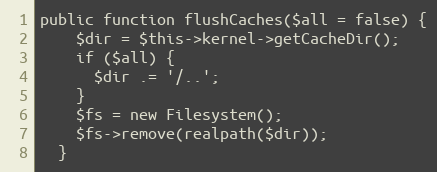
Language: PHP
public function flushCaches($all = false) {
    $dir = $this->kernel->getCacheDir();
    if ($all) {
      $dir .= '/..';
    }
    $fs = new Filesystem();
    $fs->remove(realpath($dir));
  }